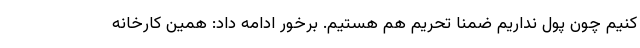
کنیم چون پول نداریم ضمنا تحریم هم هستیم. برخور ادامه داد: همین کارخانه